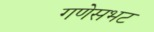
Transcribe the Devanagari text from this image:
गणेसभट